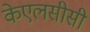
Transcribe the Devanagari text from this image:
केएलसीसी